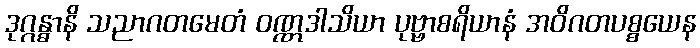
ဒုဂ္ဂန္ဓာနိ သညာဂတမေတံ ဝဏ္ဏဒါသိယာ ပုဗ္ဗာစရိယာနံ အဝိဂတပစ္စယေန